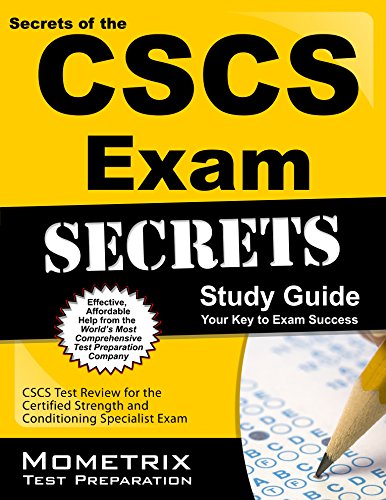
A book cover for Secrets of the CSCS Exam Study Guide: CSCS Test Review for the Certified Strength and Conditioning Specialist Exam; CSCS Exam Secrets Test Prep Team; Test Preparation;